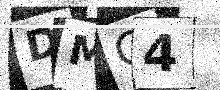
Text: DMC4